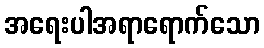
အရေးပါအရာရောက်သော